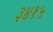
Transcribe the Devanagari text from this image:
३४१५